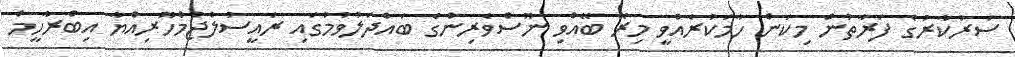
ސަރުކާރުގެ ފަރާތުން މިކަން ހާމަކުރެއްވީ މިރޭ ބޭއްވި ނޫސްވެރިންގެ ބައްދަލުވުމުގައި ރައީސުލްޖުމްހޫރިއްޔާ އިބްރާހީމް